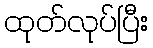
ထုတ်လုပ်ပြီး